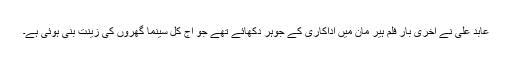
عابد علی نے آخری بار فلم ہیر مان میں اداکاری کے جوہر دکھائے تھے جو آج کل سینما گھروں کی زینت بنی ہوئی ہے۔